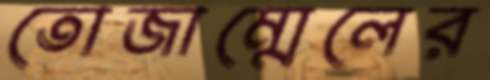
তোজাম্মেলের